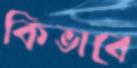
কিভাবে